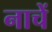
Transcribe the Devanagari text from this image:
नाचें